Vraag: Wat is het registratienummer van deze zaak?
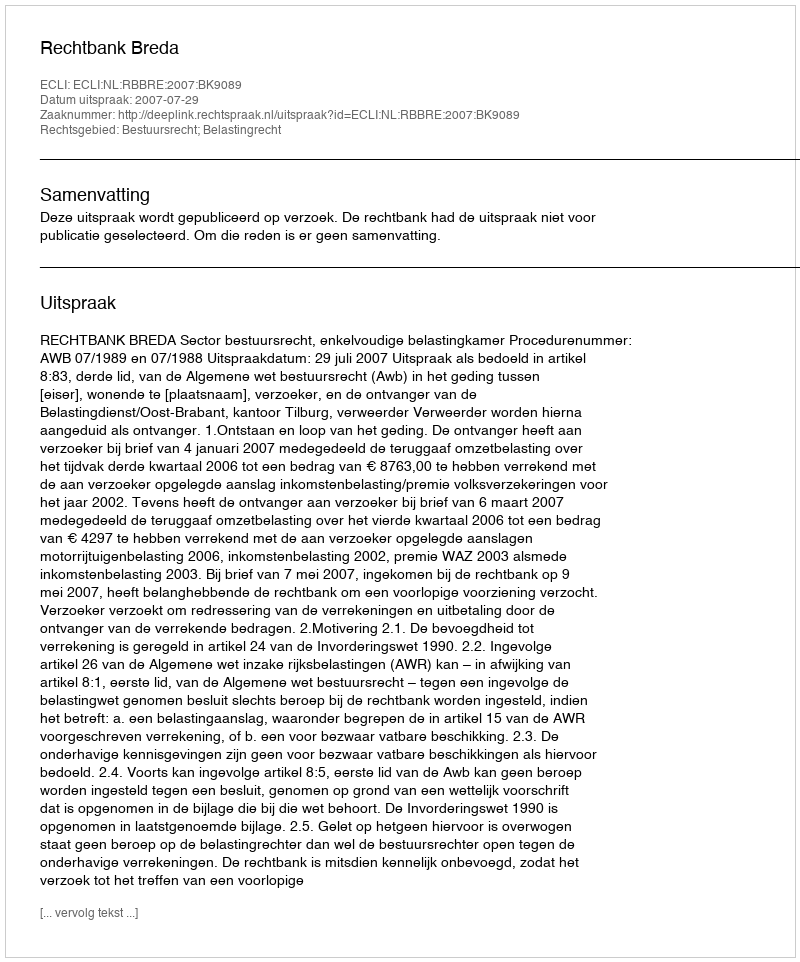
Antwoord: http://deeplink.rechtspraak.nl/uitspraak?id=ECLI:NL:RBBRE:2007:BK9089